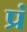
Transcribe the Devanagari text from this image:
प्रं